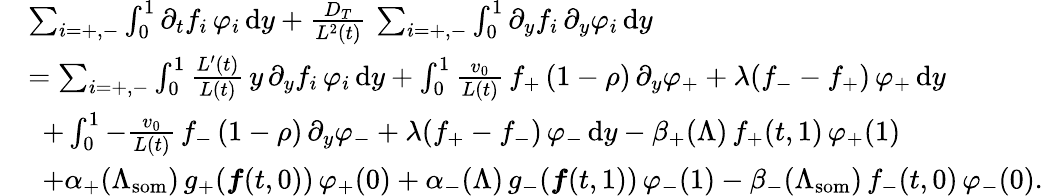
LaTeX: \begin{array}{rl}&{\sum_{i=+,-}\int_{0}^{1}\partial_{t}f_{i}\, \varphi_{i}\, \textup{d}y+\frac{D_{T}}{L^{2}(t)}\, \sum_{i=+,-}\int_{0}^{1}\partial_{y}f_{i}\, \partial_{y}\varphi_{i}\, \textup{d}y}\\ &{=\sum_{i=+,-}\int_{0}^{1}\frac{L^{\prime}(t)}{L(t)}\, y\, \partial_{y}f_{i}\, \varphi_{i}\, \textup{d}y+\int_{0}^{1}\frac{v_{0}}{L(t)}\, f_{+}\, (1-\rho)\, \partial_{y}\varphi_{+}+\lambda(f_{-}-f_{+})\, \varphi_{+}\, \textup{d}y}\\ &{\, \, \, +\int_{0}^{1}-\frac{v_{0}}{L(t)}\, f_{-}\, (1-\rho)\, \partial_{y}\varphi_{-}+\lambda(f_{+}-f_{-})\, \varphi_{-}\, \textup{d}y-\beta_{+}(\Lambda)\, f_{+}(t,1)\, \varphi_{+}(1)}\\ &{\, \, \, +\alpha_{+}(\Lambda_{\mathrm{som}})\, g_{+}(\boldsymbol{f}(t,0))\, \varphi_{+}(0)+\alpha_{-}(\Lambda)\, g_{-}(\boldsymbol{f}(t,1))\, \varphi_{-}(1)-\beta_{-}(\Lambda_{\mathrm{som}})\, f_{-}(t,0)\, \varphi_{-}(0).}\end{array}